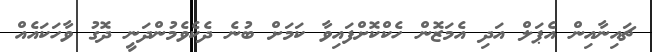
ޗައިނާއިން އެޕަލް އަދި އެމަޒޮން ހެކްކޮށްފައިވާ ކަމަށް ބުނެ ދެކެވެމުންދަނީ ދޮގު ވާހަކައެއް